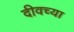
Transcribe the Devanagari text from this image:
दीवच्या